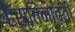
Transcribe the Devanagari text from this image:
हस्तिनावती